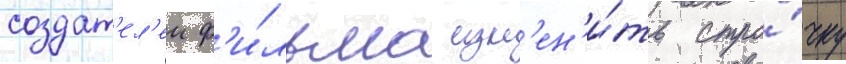
создат'ел'еи ф'и́льма изм'ен'и́ть стро́чку